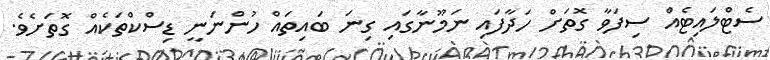
ސެޓްލައިޓެއް ސިފަވާ ގޮތަށް ހަދާފައި ނަމޫނާގައި ގިނަ ބައިތައް ހުންނަނީ ޑިސްކްތަކެއް ގޮތަށެވެ.